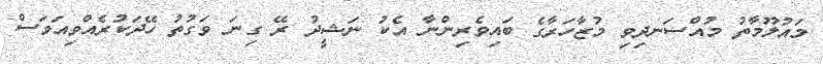
މައުލޫމާތު މުއްސަނދިވި މުޒާހަރާގެ ބައިވެރިންނާ އެކު ނަޝީދު ރޭ ގިނަ ވަގުތު ހޭދަކުރެއްވިއަވަސް